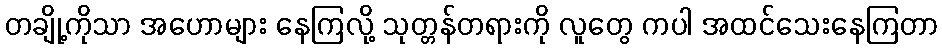
တချို့ကိုသာ အဟောများ နေကြလို့ သုတ္တန်တရားကို လူတွေ ကပါ အထင်သေးနေကြတာ